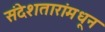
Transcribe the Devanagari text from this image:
संदेशतारांमधून